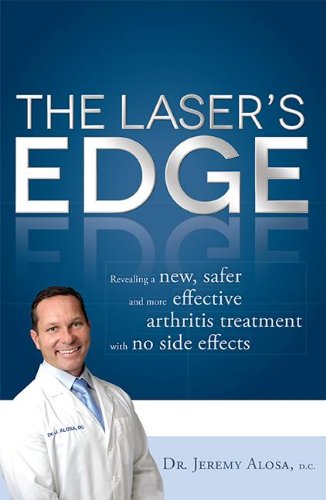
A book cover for The Laser's Edge: Revealing a new, safer and more effective arthritis treatment with no side effects; Jeremy Alosa; Medical Books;